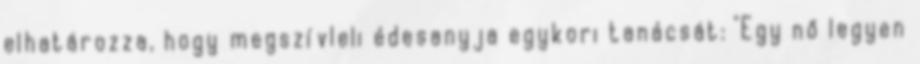
elhatározza, hogy megszívleli édesanyja egykori tanácsát: "Egy nő legyen